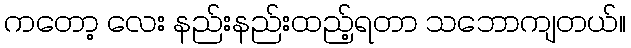
ကတော့ လေး နည်းနည်းထည့်ရတာ သဘောကျတယ်။